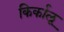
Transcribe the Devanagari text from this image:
किर्कालू